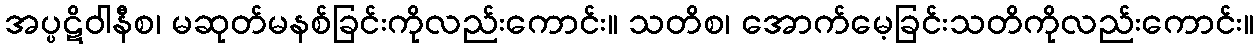
အပ္ပဋိဝါနီစ၊ မဆုတ်မနစ်ခြင်းကိုလည်းကောင်း။ သတိစ၊ အောက်မေ့ခြင်းသတိကိုလည်းကောင်း။